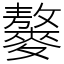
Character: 䵅